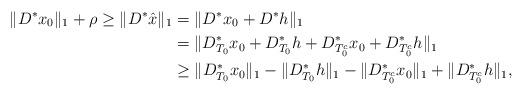
LaTeX: \begin{align*}\|D^*x_0\|_1+\rho\geq\|D^*\hat{x}\|_1&=\|D^*x_0+D^*h\|_1\\&=\|D^*_{T_0}x_0+D^*_{T_0}h+D^*_{T_0^c}x_0+D^*_{T_0^c}h\|_1\\&\geq\| D^*_{T_0}x_0\|_1-\|D^*_{T_0}h\|_1-\|D^*_{T_0^c}x_0\|_1+\|D^*_{T_0^c}h\|_1,\end{align*}